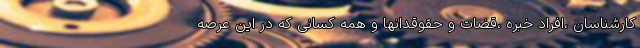
کارشناسان ،افراد خبره ،قضات و حقوقدانها و همه کسانی که در این عرصه